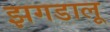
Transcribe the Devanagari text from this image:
झगडालू